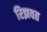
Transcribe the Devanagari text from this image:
रिझवत